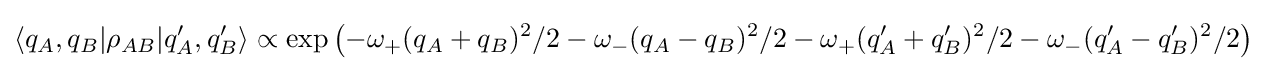
\langle q_{A},q_{B}|\rho _{AB}|q_{A}',q_{B}'\rangle \propto \exp \left(-{\omega _{+}(q_{A}+q_{B})^{2}}/{2}-{\omega _{-}(q_{A}-q_{B})^{2}}/{2}-{\omega _{+}(q'_{A}+q'_{B})^{2}}/{2}-{\omega _{-}(q'_{A}-q'_{B})^{2}}/{2}\right)